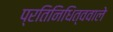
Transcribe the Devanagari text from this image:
प्रतिनिधित्ववाले